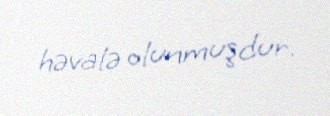
həvalə olunmuşdur.